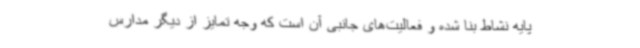
پایه نشاط بنا شده و فعالیت‌های جانبی آن است که وجه تمایز از دیگر مدارس